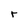
Character: r